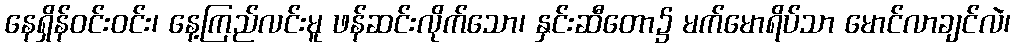
နေရှိန်ဝင်းဝင်း၊ နေ့ကြည်လင်းမူ ဖန်ဆင်းလိုက်သော၊ နှင်းဆီတော၌ မက်မောရိပ်သာ မောင်လာချင်လဲ၊